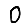
Digit: 0